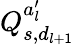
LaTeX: Q_{s,d_{l+1}}^{a_{l}^{\prime}}